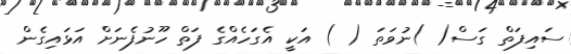
ސައިފަތް ގަސް( )ނުވަތަ ( ) އަކީ އެގަހެއްގެ ފަތް ހޫނުފެނަށް އަޅައިގެން